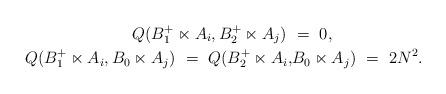
LaTeX: \begin{align*} Q(B_1^+ \ltimes A_i, B_2^+ \ltimes A_j) \ &= \ 0, \\Q(B_1^+ \ltimes A_i , B_0 \ltimes A_j) \ = \ Q(B_2^+ \ltimes A_i, &B_0 \ltimes A_j) \ = \ 2N^2. \end{align*}